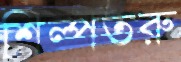
শিল্পতরু